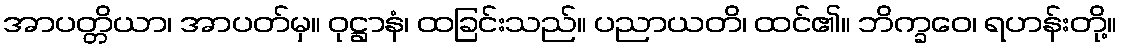
အာပတ္တိယာ၊ အာပတ်မှ။ ဝုဋ္ဌာနံ၊ ထခြင်းသည်။ ပညာယတိ၊ ထင်၏။ ဘိက္ခဝေ၊ ရဟန်းတို့။